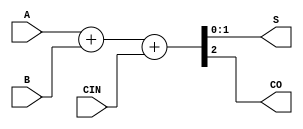
// This program was cloned from: https://github.com/furrtek/Arcade-TMNT_MiSTer
// License: GNU General Public License v2.0

// Fujitsu AV cell
// 2-bit Full Adder
// furrtek 2022

`timescale 1ns/100ps

module A2N(
	input [1:0] A,
	input [1:0] B,
	input CIN,
	output [1:0] S,
	output CO
);

assign {CO, S} = A + B + {1'd0, CIN};	// tmax = 5.3ns

endmodule